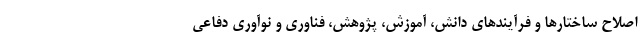
اصلاح ساختارها و فرآیندهای دانش، آموزش، پژوهش، فناوری و نوآوری دفاعی